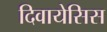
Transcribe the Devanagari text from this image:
दिवायेसिस